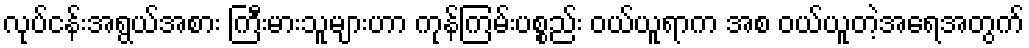
လုပ်ငန်းအရွယ်အစား ကြီးမားသူများဟာ ကုန်ကြမ်းပစ္စည်း ဝယ်ယူရာက အစ ဝယ်ယူတဲ့အရေအတွက်